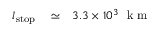
\begin{array} { r l r } { l _ { \mathrm { s t o p } } } & { { } \simeq } & { 3 . 3 \times 1 0 ^ { 3 } ~ \mathrm { ~ k ~ m ~ } } \end{array}